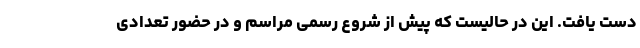
دست یافت. این در حالیست که پیش از شروع رسمی مراسم و در حضور تعدادی